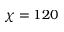
\chi = 1 2 0